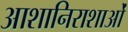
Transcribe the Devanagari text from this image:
आशानिराशाओं